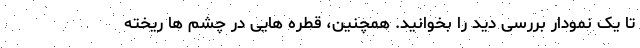
تا یک نمودار بررسی دید را بخوانید. همچنین، قطره هایی در چشم ها ریخته